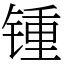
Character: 锺